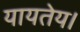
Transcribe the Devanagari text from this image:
यायतेय।